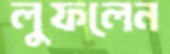
লুফলেন